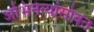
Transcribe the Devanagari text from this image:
अभिनेत्यांसोबत